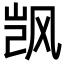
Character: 𬱼